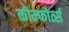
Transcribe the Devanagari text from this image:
कोम्फोर्त्स